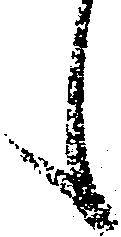
候